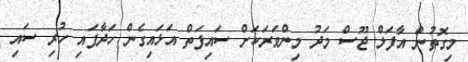
މިގޮތުން އާފަލް ޖޫސް މަދު މިންވަރަކަށް ސައިފަތް އަޅައިގެން ހަދާފައި ހުރި ސައި